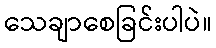
သေချာစေခြင်းပါပဲ။